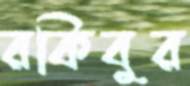
রকিবুর